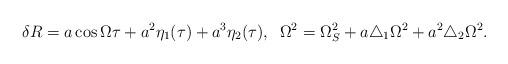
LaTeX: \begin{align*}\delta R=a\cos\Omega\tau + a^2\eta_1(\tau) +a^3\eta_2(\tau), \;\;\Omega^2=\Omega^2_S+a\triangle_1\Omega^2+a^2\triangle_2\Omega^2.\end{align*}